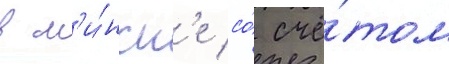
в м'и́нск'е со́ счё́том